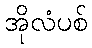
အိုလံပစ်